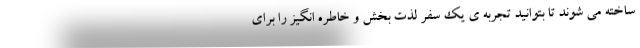
ساخته می شوند تا بتوانید تجربه ی یک سفر لذت بخش و خاطره انگیز را برای